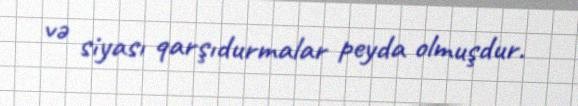
və siyası qarşıdurmalar peyda olmuşdur.